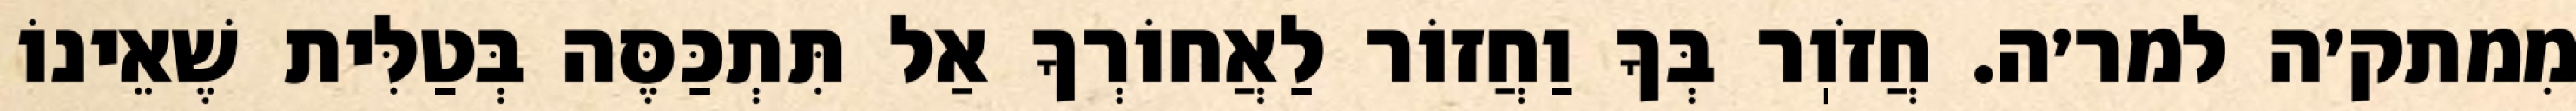
מִמתק׳ה למר׳ה. חֲזֹוֽר בְּךָ וַחֲזוֹר לַאֲחוֹרְךָ אַל תִּתְכַּסֶּה בְּטַלִּית שֶׁאֵינוֹ